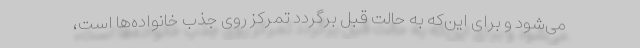
می‌شود و برای این‌که به حالت قبل برگردد تمرکز روی جذب خانواده‌ها است،